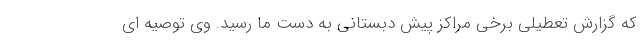
که گزارش تعطیلی برخی مراکز پیش دبستانی به دست ما رسید. وی توصیه ای